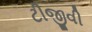
ટીજીવી